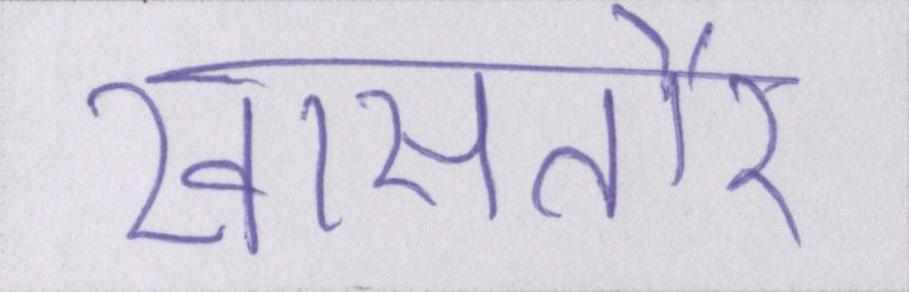
खासतौर